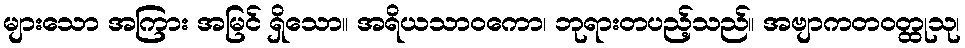
များသော အကြား အမြင် ရှိသော။ အရိယသာဝကော၊ ဘုရားတပည့်သည်။ အဗျာကတဝတ္ထုသု၊